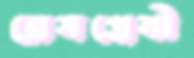
রেসপ্রেমী